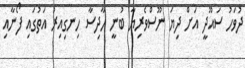
ދުވަހު ސައޫދީ އަށް ދިޔަ ނޫސްވެރިޔާ ބުނީ ހާދިސާ ހިނގިއިރު އަތުގައި ފޯނާއި